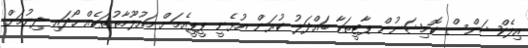
އިލެކްޝަންސް ކޮމިޝަނުން ޕާޓީތަކާ ބައްދަލު ކުރަން އުޅެނީ ޕީޕީއެމަށް މައުލޫމާތުތަކެއް ހޯދައި ދިނުމަށް